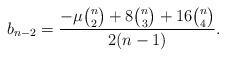
LaTeX: \begin{align*}b_{n-2}=\frac{-\mu{n \choose 2}+8{n \choose 3}+16{n\choose 4}}{2(n-1)}.\end{align*}